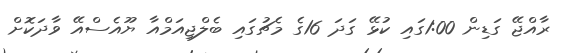
ރާއްޖޭ ގަޑިން 1:00ގައި ކުޅޭ ގަދަ 16ގެ މެޗުގައި ބެލްޖިއަމްއާ ޔޫއެސްއޭ ވާދަކޮށް